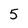
Character: 5